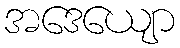
အဒေယျော